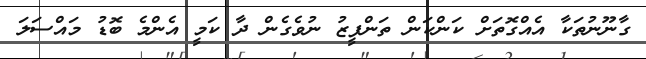
ގާނޫނުތަކާ އެއްގޮތަށް ކަންކަން ތަންފީޒު ނުވެގެން ދާ ކަމީ އެންމެ ބޮޑު މައްސަލަ